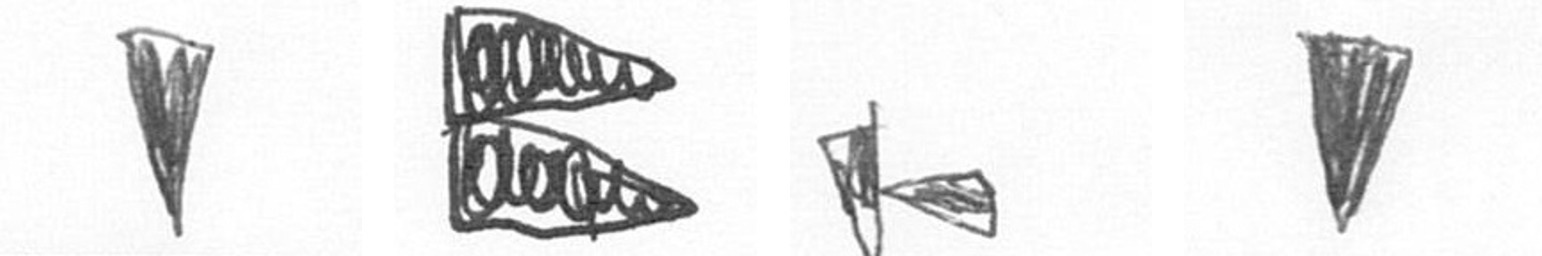
J P F J